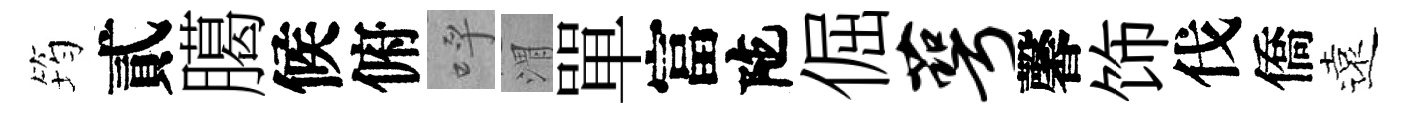
筠貳臈候俯呼渭單富陀倔萼馨饰伐僑遠